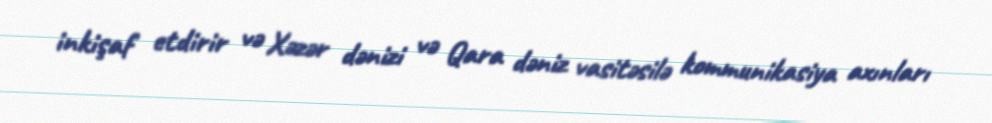
inkişaf etdirir və Xəzər dənizi və Qara dəniz vasitəsilə kommunikasiya axınları